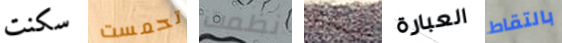
سكنت تحمست نظمت نخطط العبارة بالتقاط